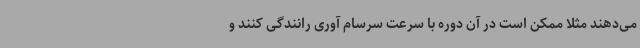
می‌دهند مثلا ممکن است در آن دوره با سرعت سرسام آوری رانندگی کنند و